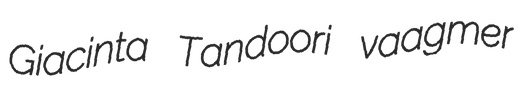
Giacinta Tandoori vaagmer